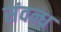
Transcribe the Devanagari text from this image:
संवन्ध